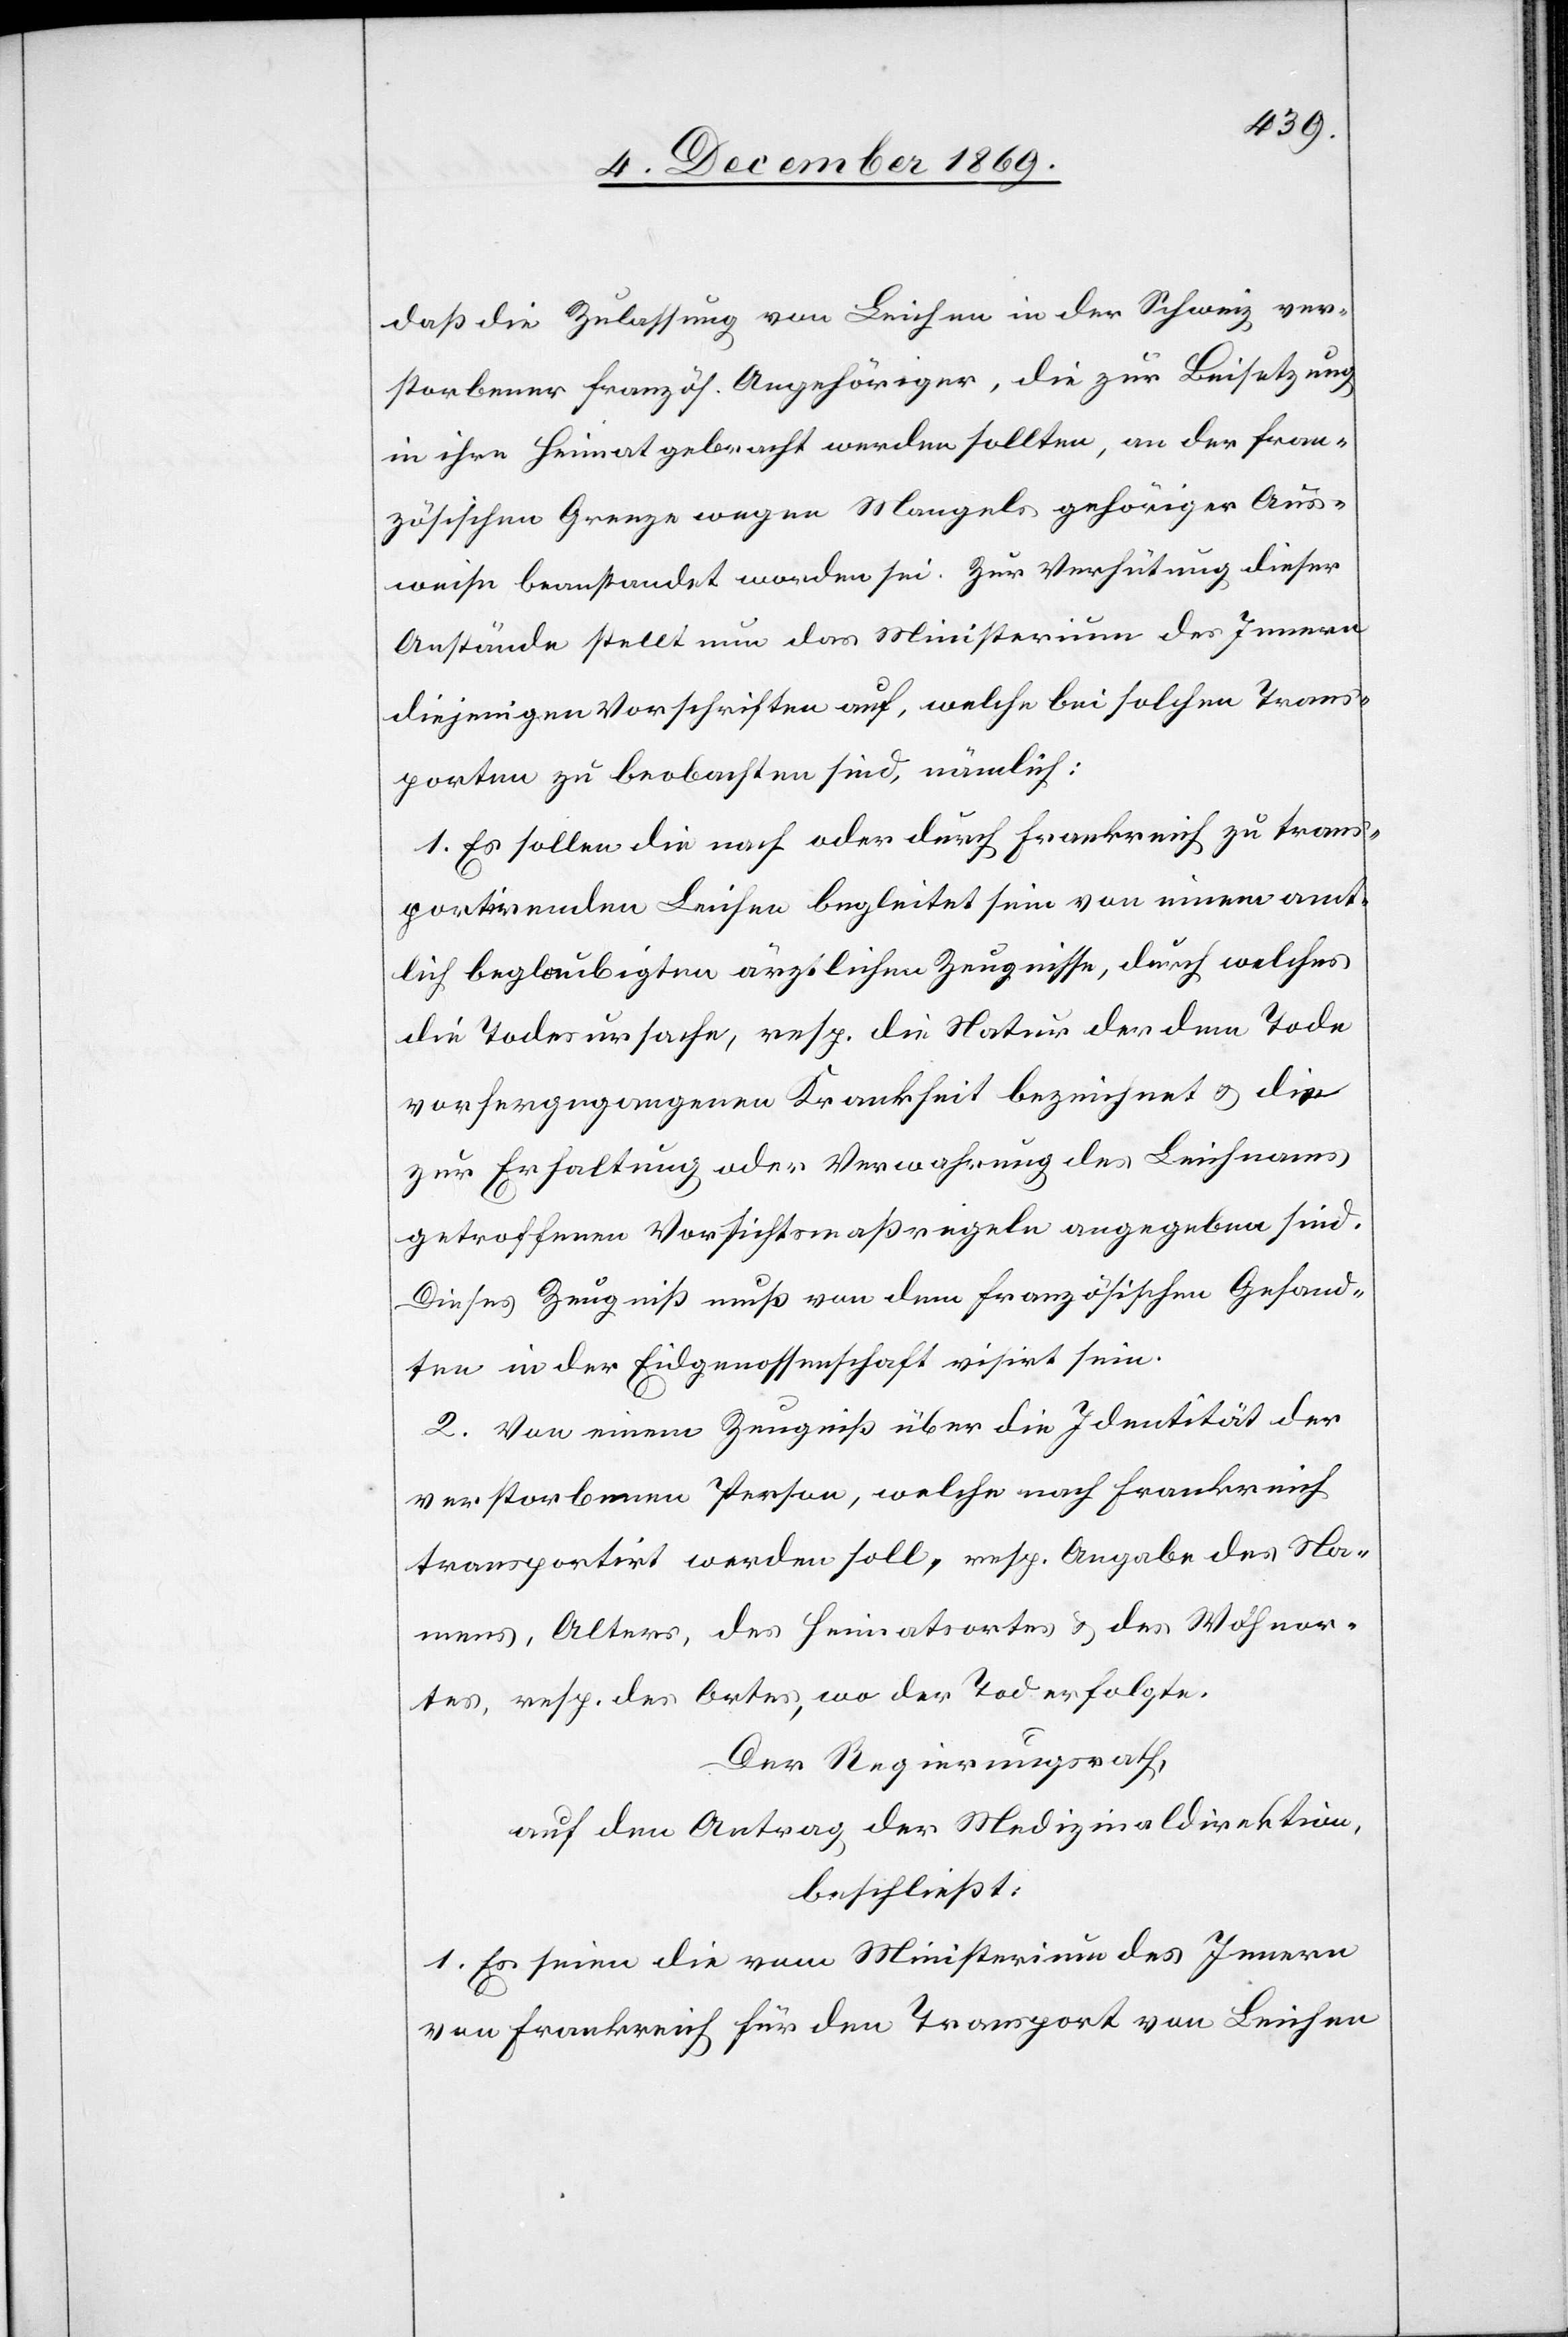
daß die Zulassung von Leichen in der Schweiz ver¬
storbener französ. Angehöriger, die zur Beisetzung
in ihre Heimat gebracht werden sollten, an der fran¬
zösischen Grenze wegen Mangels gehöriger Aus¬
weise beanstandet worden sei. Zur Verhütung dieser
Anstände stellt nun das Ministerium des Innern
diejenigen Vorschriften auf, welche bei solchen Trans¬
porten zu beobachten sind, nämlich:
1. Es sollen die nach oder durch Frankreich zu trans¬
portirenden Leichen begleitet sein von einem amt¬
lich beglaubigten ärztlichen Zeugnisse, durch welches
die Todesursache, resp. die Natur der dem Tode
vorhergegangenen Krankheit bezeichnet & die
zur Erhaltung oder Verwahrung des Leichnams
getroffenen Vorsichtsmaßregeln angegeben sind.
Dieses Zeugniß muß von dem französischen Gesand¬
ten in der Eidgenossenschaft visirt sein.
2. Von einem Zeugniß über die Identität der
verstorbenen Person, welche nach Frankreich
transportirt werden soll, resp: Angabe des Na¬
mens, Alters, des Heimatsortes & des Wohnor¬
tes, resp. des Ortes, wo der Tod erfolgte.
Der Regierungsrath,
auf den Antrag der Medizinaldirektion,
beschließt:
1. Es seien die vom Ministerium des Innern
von Frankreich für den Transport von Leichen